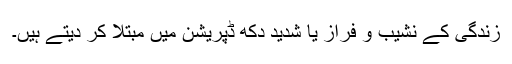
زندگی کے نشیب و فراز یا شدید دکھ ڈپریشن میں مبتلا کر دیتے ہیں۔